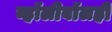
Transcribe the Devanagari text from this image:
व्हॉलीबॉलही